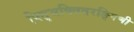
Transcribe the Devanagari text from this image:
पितृभक्तितरङ्गिणी